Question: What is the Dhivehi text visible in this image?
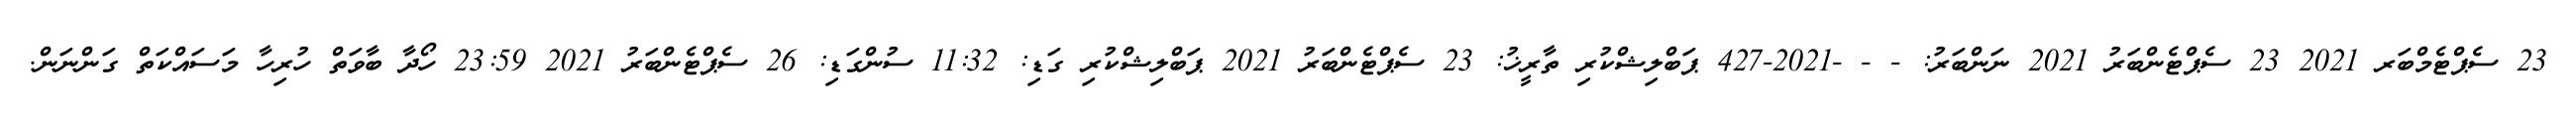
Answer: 23 ސެޕްޓެމްބަރ 2021 23 ސެޕްޓެންބަރު 2021 ނަންބަރު: - - -2021-427 ޕަބްލިޝްކުރި ތާރީޚު: 23 ސެޕްޓެންބަރު 2021 ޕަބްލިޝްކުރި ގަޑި: 11:32 ސުންގަޑި: 26 ސެޕްޓެންބަރު 2021 23:59 ހޯދާ ބާވަތް ހުރިހާ މަސައްކަތް ގަންނަން.